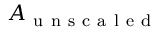
A _ { \mathrm { ~ u ~ n ~ s ~ c ~ a ~ l ~ e ~ d ~ } }